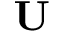
\mathbf { U }